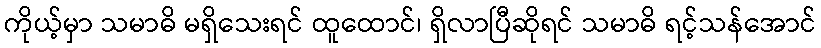
ကိုယ့်မှာ သမာဓိ မရှိသေးရင် ထူထောင်၊ ရှိလာပြီဆိုရင် သမာဓိ ရင့်သန်အောင်